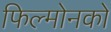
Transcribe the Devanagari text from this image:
फिल्मोनको